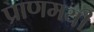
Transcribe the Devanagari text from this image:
प्राणमयी